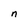
Character: n